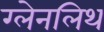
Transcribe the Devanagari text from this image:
ग्लेनलिथ